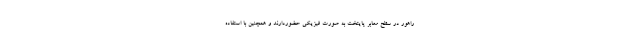
راهور در سطح معابر پایتخت به صورت فیزیکی حضوردارند و همچنین با استفاده